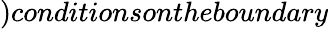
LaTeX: )conditionsontheboundary